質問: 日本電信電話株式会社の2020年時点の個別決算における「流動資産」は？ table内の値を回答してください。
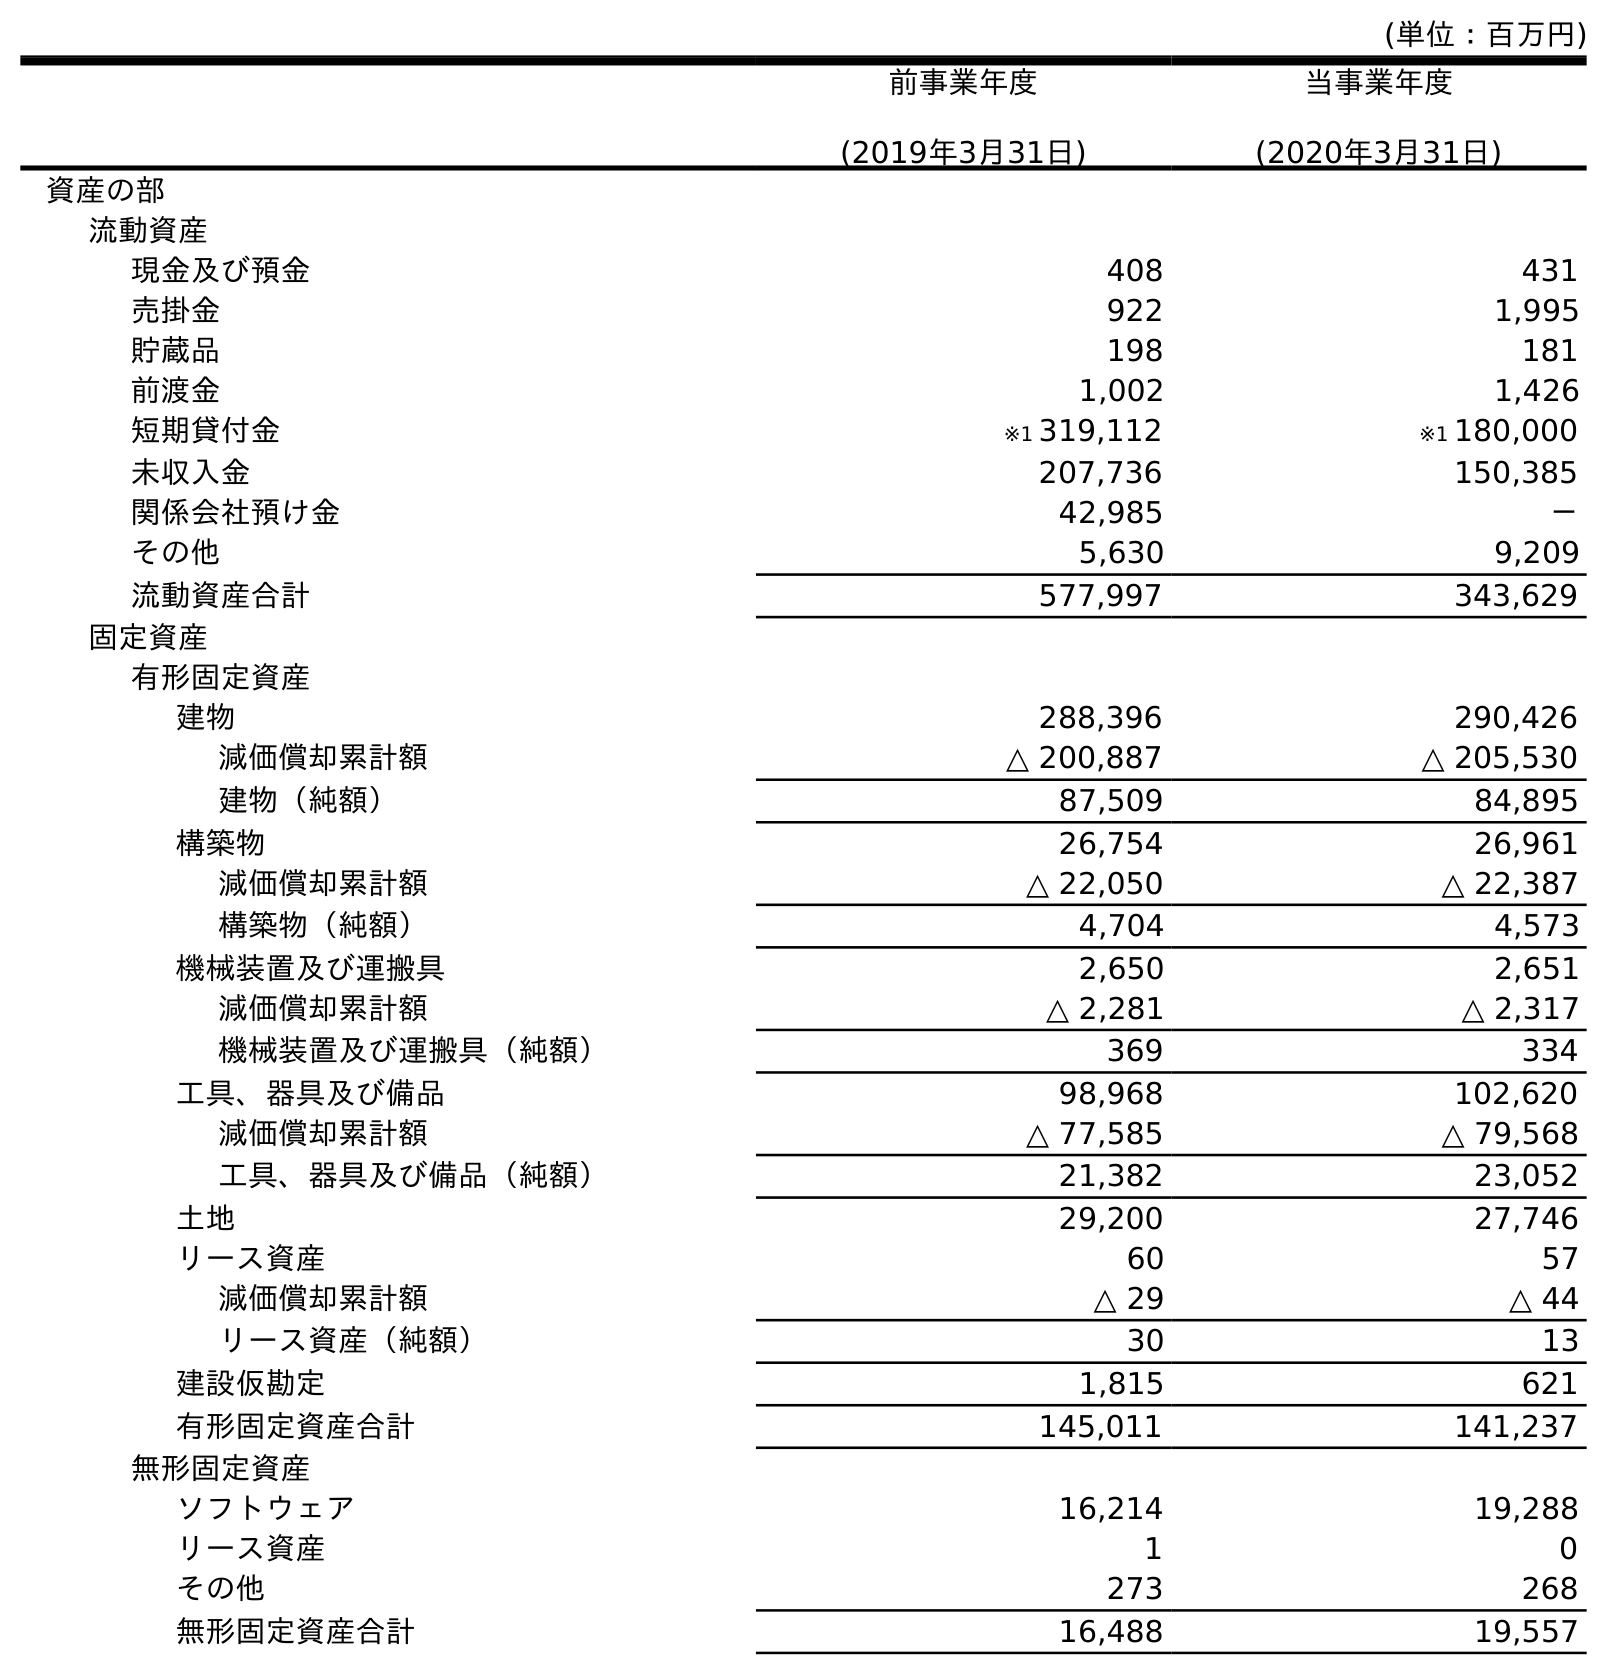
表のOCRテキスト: (単位：百万円) 前事業年度 (2019年3月31日) 当事業年度 (2020年3月31日) 資産の部 流動資産 現金及び預金 408 431 売掛金 922 1,995 貯蔵品 198 181 前渡金 1,002 1,426 短期貸付金 ※1 319,112 ※1 180,000 未収入金 207,736 150,385 関係会社預け金 42,985 － その他 5,630 9,209 流動資産合計 577,997 343,629 固定資産 有形固定資産 建物 288,396 290,426 減価償却累計額 △ 200,887 △ 205,530 建物（純額） 87,509 84,895 構築物 26,754 26,961 減価償却累計額 △ 22,050 △ 22,387 構築物（純額） 4,704 4,573 機械装置及び運搬具 2,650 2,651 減価償却累計額 △ 2,281 △ 2,317 機械装置及び運搬具（純額） 369 334 工具、器具及び備品 98,968 102,620 減価償却累計額 △ 77,585 △ 79,568 工具、器具及び備品（純額） 21,382 23,052 土地 29,200 27,746 リース資産 60 57 減価償却累計額 △ 29 △ 44 リース資産（純額） 30 13 建設仮勘定 1,815 621 有形固定資産合計 145,011 141,237 無形固定資産 ソフトウェア 16,214 19,288 リース資産 1 0 その他 273 268 無形固定資産合計 16,488 19,557
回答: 343,629